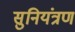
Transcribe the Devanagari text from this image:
सुनियंत्रण